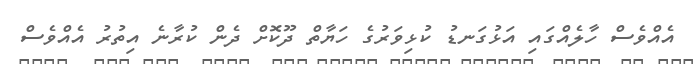
އެއްވެސް ހާލެއްގައި އަޅުގަނޑު ކުޅިވަރުގެ ހަޔާތް ދޫކޮށް ދެން ކުރާނެ އިތުރު އެއްވެސް